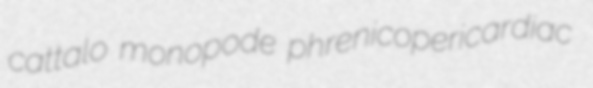
cattalo monopode phrenicopericardiac